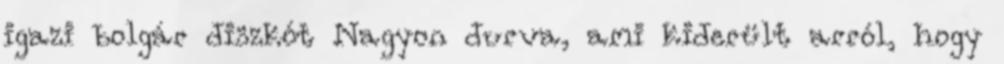
igazi bolgár diszkót Nagyon durva, ami kiderült arról, hogy